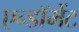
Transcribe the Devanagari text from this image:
एन्‍डॉमेंट